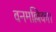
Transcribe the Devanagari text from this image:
वनमल्लिका।